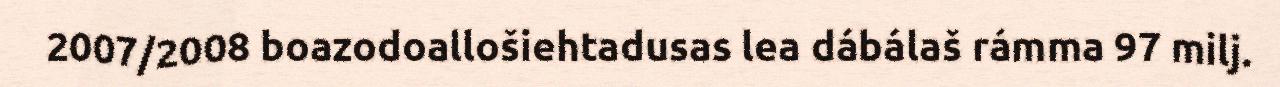
2007/2008 boazodoallošiehtadusas lea dábálaš rámma 97 milj.